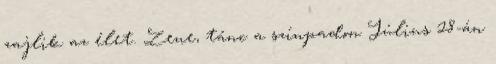
zajlik az élet. Zene, tánc a színpadon Július 28-án